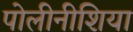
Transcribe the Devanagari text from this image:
पोलीनीशिया